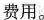
费用。